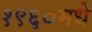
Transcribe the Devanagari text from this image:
१९६०मधे